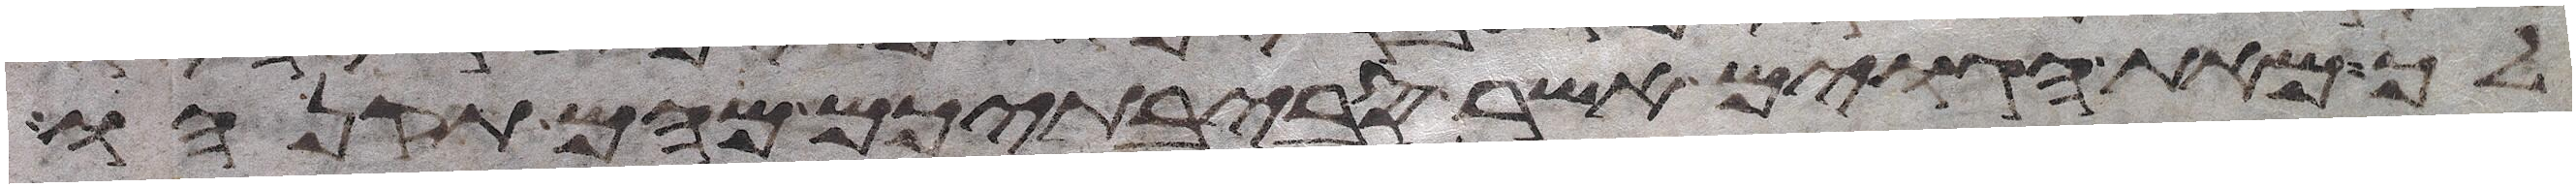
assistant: לך מאת הגוים אשר סביבתיכם מהם תקנהו